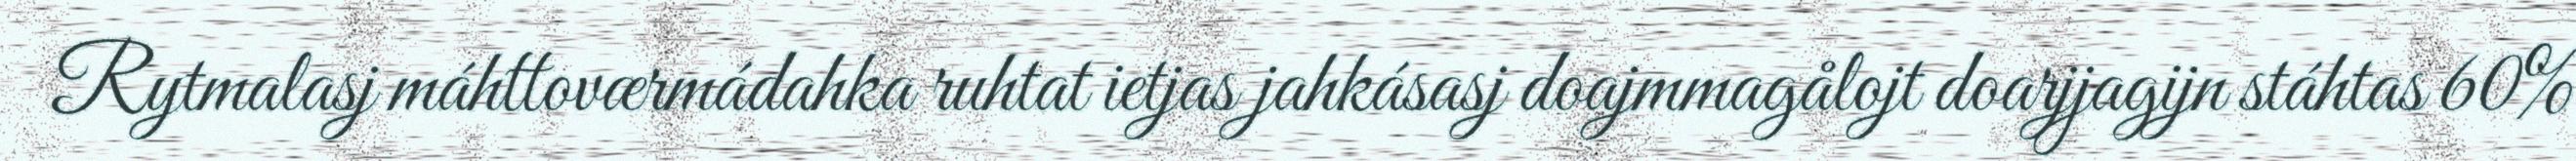
Rytmalasj máhttoværmádahka ruhtat ietjas jahkásasj doajmmagålojt doarjjagijn stáhtas 60%